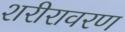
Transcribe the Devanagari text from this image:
शरीरावरण